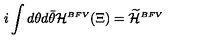
i \int d \theta d \bar { \theta } { \cal H } ^ { \scriptscriptstyle B F V } ( \Xi ) = \widetilde { \cal { H } } ^ { \scriptscriptstyle B F V }